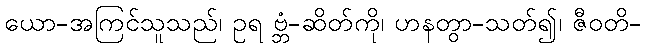
ယော-အကြင်သူသည်၊ ဥရ ဗ္ဘံ-ဆိတ်ကို၊ ဟနတွာ-သတ်၍၊ ဇီဝတိ-